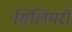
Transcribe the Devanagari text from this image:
सिलियरी